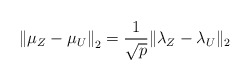
\begin{align*}\left\| \mu_Z - \mu_U \right\|_2& = \frac{1}{\sqrt{p}} \| \lambda_Z - \lambda_U \|_2\end{align*}